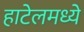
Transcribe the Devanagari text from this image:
हाटेलमध्ये